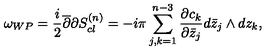
\omega _ { W P } = { \frac { i } { 2 } } { \overline { \partial } } { \partial } S _ { c l } ^ { ( n ) } = - i \pi \sum _ { j , k = 1 } ^ { n - 3 } { \frac { \partial c _ { k } } { \partial { \bar { z } _ { j } } } } d \bar { z } _ { j } \wedge d z _ { k } ,